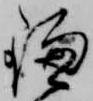
鎌